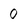
Character: O